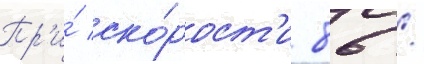
Пр'и́ ско́рост'и 86 /